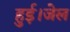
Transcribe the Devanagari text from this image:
हुई।जेल